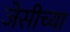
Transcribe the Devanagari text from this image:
जेसीच्या